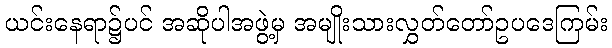
ယင်းနေရာ၌ပင် အဆိုပါအဖွဲ့မှ အမျိုးသားလွှတ်တော်ဥပဒေကြမ်း